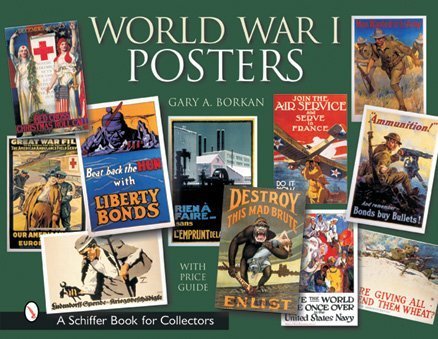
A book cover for World War I Posters (Schiffer Book for Collectors with Price Guide); Gary A. Borkan; Crafts, Hobbies & Home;